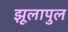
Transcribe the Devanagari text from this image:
झूलापुल